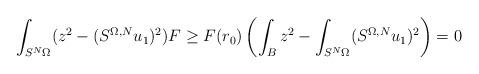
LaTeX: \begin{align*}\int_{S^N \Omega} (z^2 - (S^{\Omega, N} u_1)^2) F &\geq F(r_0) \left( \int_B z^2 - \int_{S^N \Omega} (S^{\Omega, N} u_1)^2 \right) = 0\end{align*}